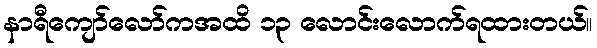
နာရီကျော်လော်ကအထိ ၁၃ လောင်းလောက်ရထားတယ်။